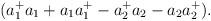
LaTeX: \begin{align*}(a_{1}^{+}a_{1}+a_{1}a_{1}^{+}-a_{2}^{+}a_{2}-a_{2}a_{2}^{+}). \end{align*}